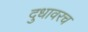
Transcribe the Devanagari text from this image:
दुधावरच